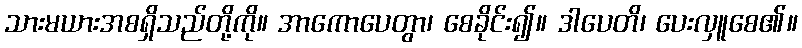
သားမယားအစရှိသည်တို့ကို။ အာကောပေတွာ၊ စေခိုင်း၍။ ဒါပေတိ၊ ပေးလှူစေ၏။